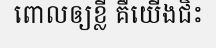
ពោលឲ្យខ្លី គឺយើងជិះ